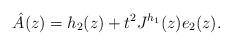
LaTeX: \begin{align*}\hat{A}(z)=h_2(z) + t^2 J^{h_1}(z)e_2(z).\end{align*}